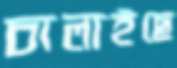
চালাইছে